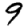
Digit: 9